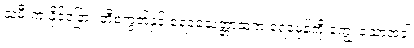
သမီးက နိုင်ငံခြား ဘီစကွတ်နှင့် ရေခဲသေတ္တာထဲက ရေခဲမုန့်ကို ကျွေးသောအခါ